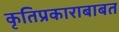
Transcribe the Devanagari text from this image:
कृतिप्रकाराबाबत